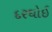
દરઘોઈ